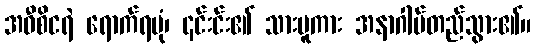
အဝီစိငရဲ ရောက်ရပုံ၊ ၎င်းင်း၏ သားမူကား အနာဂါမ်တည်သွား၏။